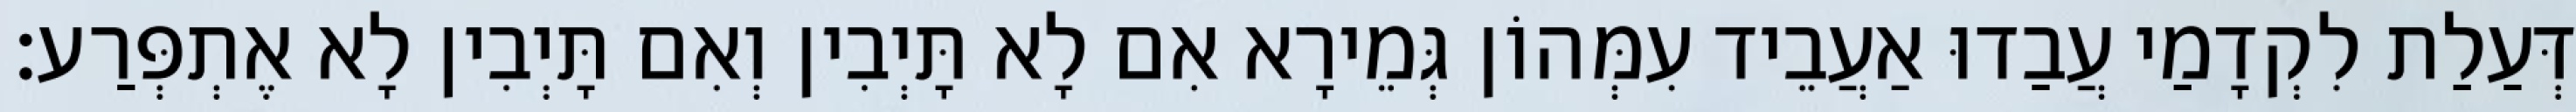
דְּעַלַת לִקְדָמַי עֲבַדוּ אַעֲבֵיד עִמְּהוֹן גְּמֵירָא אִם לָא תָּיְבִין וְאִם תָּיְבִין לָא אֶתְפְּרַע׃